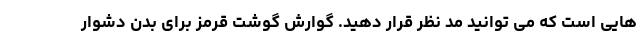
هایی است که می توانید مد نظر قرار دهید. گوارش گوشت قرمز برای بدن دشوار